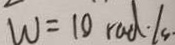
W = 1 0 r a d \cdot / s \cdot